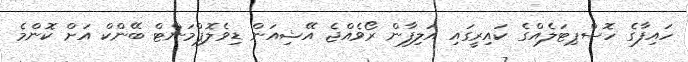
ހައިފާގެ ހޮސްޕިޓަލެއްގެ ކައިރީގައި އަލިފާން ރޯވެއްޖެ އޭޝިއަން ޑިވެލޮޕްމަންޓް ބޭންކް އަށް ކޮންމެ